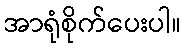
အာရုံစိုက်ပေးပါ။